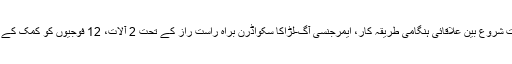
3:40، زحنگزہاوو شہر مطبوعات شروع بین علاقائی ہنگامی طریقہ کار، ایمرجنسی آگ-لڑاکا سکواڈرن براہ راست راز کے تحت 2 آلات، 12 فوجیوں کو کمک کے لئے جدول مقرر کرنے والا ہے ۔